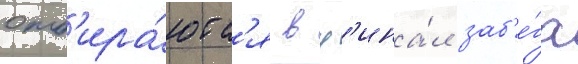
отб'ира́ютс'я в ф'ина́л заб'е́га